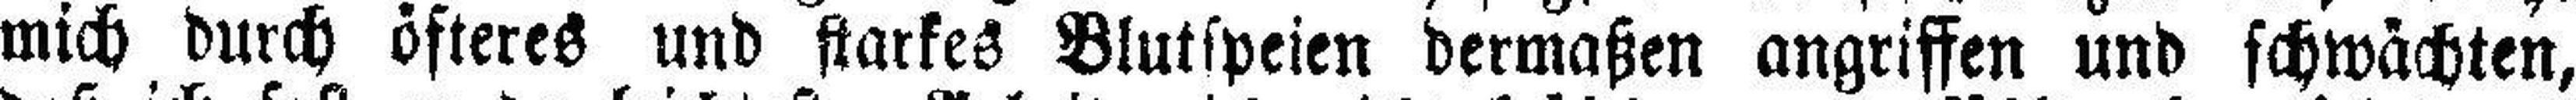
mich durch öfteres und starkes Blutspeien dermaßen angriffen und schwächten,